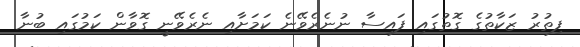
ފިތުރު ޒަކާތުގެ ގޮތުގައި ފައިސާ ނުނެރެވޭނެ ކަމަށާއި ނެރެވޭނީ ގޮވާން ކަމުގައި ބުނާ